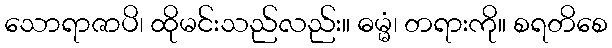
သောရာဇာပိ၊ ထိုမင်းသည်လည်း။ ဓမ္မံ၊ တရားကို။ စရတိစေ